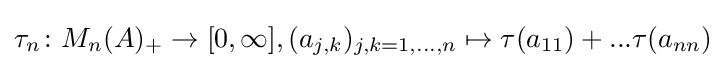
\tau _{n}\colon M_{n}(A)_{+}\to [0,\infty ],(a_{j,k})_{j,k=1,...,n}\mapsto \tau (a_{11})+...\tau (a_{nn})